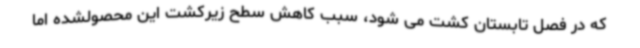
که در فصل تابستان کشت می شود، سبب کاهش سطح زیرکشت این محصولشده اما